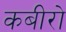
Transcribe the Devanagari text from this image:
कबीरो